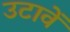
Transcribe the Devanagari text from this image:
उटावें